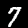
Label: 7